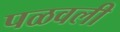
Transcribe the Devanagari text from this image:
पळवली